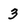
Character: 3